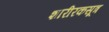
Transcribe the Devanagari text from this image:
शारीरकसूत्र